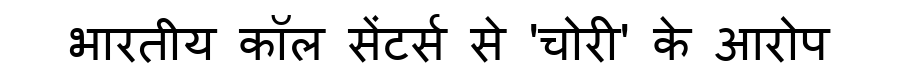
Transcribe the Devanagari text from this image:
भारतीय कॉल सेंटर्स से 'चोरी' के आरोप